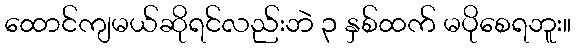
ထောင်ကျမယ်ဆိုရင်လည်းဘဲ ၃ နှစ်ထက် မပိုစေရဘူး။